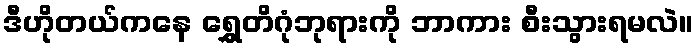
ဒီဟိုတယ်ကနေ ရွှေတိဂုံဘုရားကို ဘာကား စီးသွားရမလဲ။